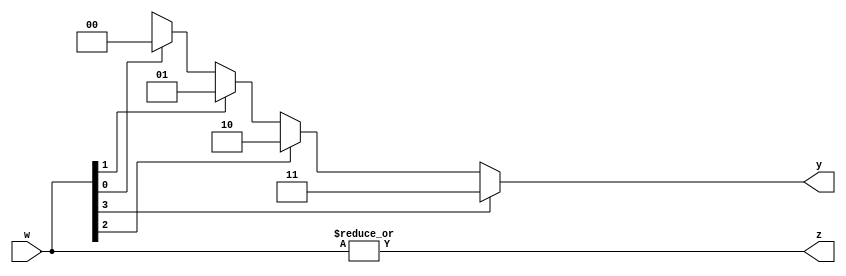
`timescale 1ns/1ps

module generic_priority_encoder
	#(parameter N=4)(
	input [N-1:0] w,
	output z,
	output reg [$clog2(N)-1:0] y
);

	assign z = |w; // z = w[3] | w[2] | w[1] | w[0]

	integer k;

	always@(w)
	begin
		y = 'bX; // so that no any latches are inferred
		
		for(k=0; k<N; k=k+1)
			if(w[k])
				y = k;
	end

endmodule